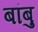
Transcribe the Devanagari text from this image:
बांबु